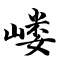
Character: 嵝